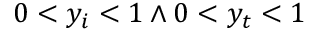
0 < y _ { i } < 1 \land 0 < y _ { t } < 1